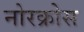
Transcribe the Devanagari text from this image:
नोरक्रोस